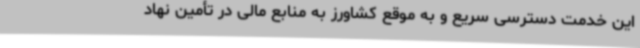
این خدمت دسترسی سریع و به موقع کشاورز به منابع مالی در تأمین نهاد